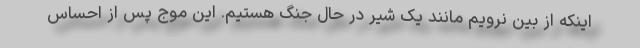
اینکه از بین نرویم مانند یک شیر در حال جنگ هستیم. این موج پس از احساس